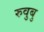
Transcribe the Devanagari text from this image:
रुवुबु